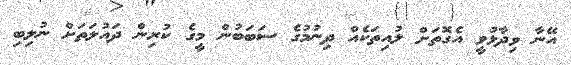
އޭނާ ވިދާޅުވީ އެގޮތަށް ލުއިތަކެއް ދިނުމުގެ ސަބަބުން މީގެ ކުރިން ދައުލަތަށް ނުލިބި